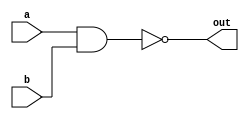
module combinational_logic(
    input wire a, 
    input wire b, 
    output wire out
);

assign out = ~(a & b); // NOT operation using AND gate

endmodule